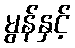
မွန်နှင့်